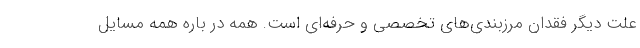
علت دیگر فقدان مرزبندی‌های تخصصی و حرفه‌ای است. همه در باره همه مسایل